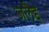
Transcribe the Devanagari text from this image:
जलैद्द